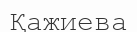
Қажиева